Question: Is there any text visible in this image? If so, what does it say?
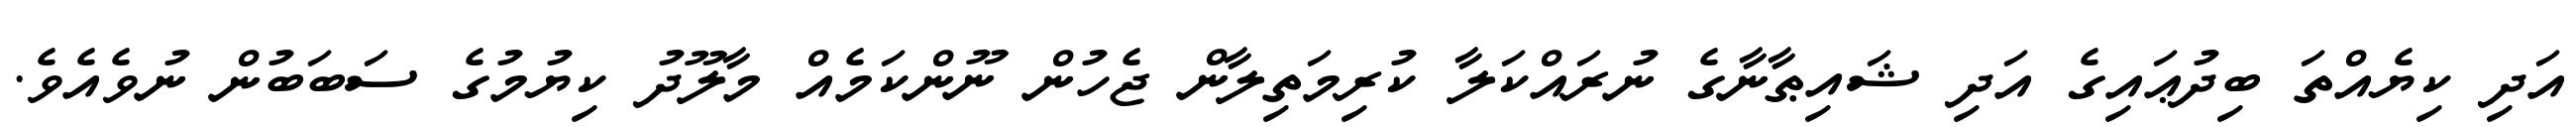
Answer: އަދި ކިޔެއްތަ ބިދުޢައިގެ އަދި ޝައިޠާނާގެ ނުރައްކަލާ ކުރިމަތިލާން ޖެހުން ނޫންކަމެއް މާލޫދު ކިޔުމުގެ ސަބަބުން ނުވެއެވެ.